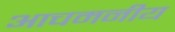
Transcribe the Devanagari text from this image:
आचमनीय